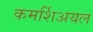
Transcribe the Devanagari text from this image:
कमर्शिअयल